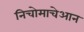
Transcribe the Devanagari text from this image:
निचोमाचेआन